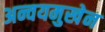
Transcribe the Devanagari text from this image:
अन्वयमुखेन